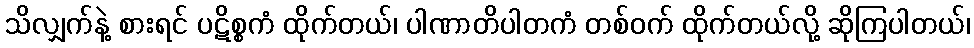
သိလျှက်နဲ့ စားရင် ပဋိစ္စကံ ထိုက်တယ်၊ ပါဏာတိပါတကံ တစ်ဝက် ထိုက်တယ်လို့ ဆိုကြပါတယ်၊